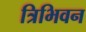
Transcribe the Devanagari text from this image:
त्रिभिवन